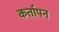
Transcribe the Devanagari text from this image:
कर्तापन